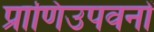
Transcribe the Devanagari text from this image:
प्राणिउपवनों